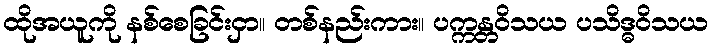
ထိုအယူကို နစ်စေခြင်းငှာ။ တစ်နည်းကား။ ပက္ကန္တဝိသယ ပသိဒ္ဓဝိသယ